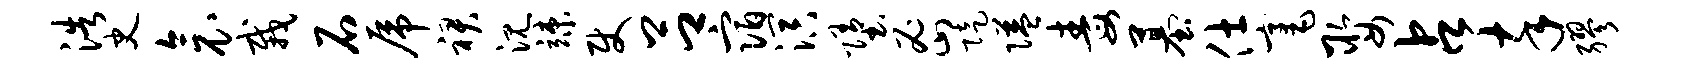
浩史衾栽石虎裙沉竦使吕宿溟堕密陡隘毒墓仕毫娶占卒缪